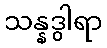
သန္နဒွါရာ